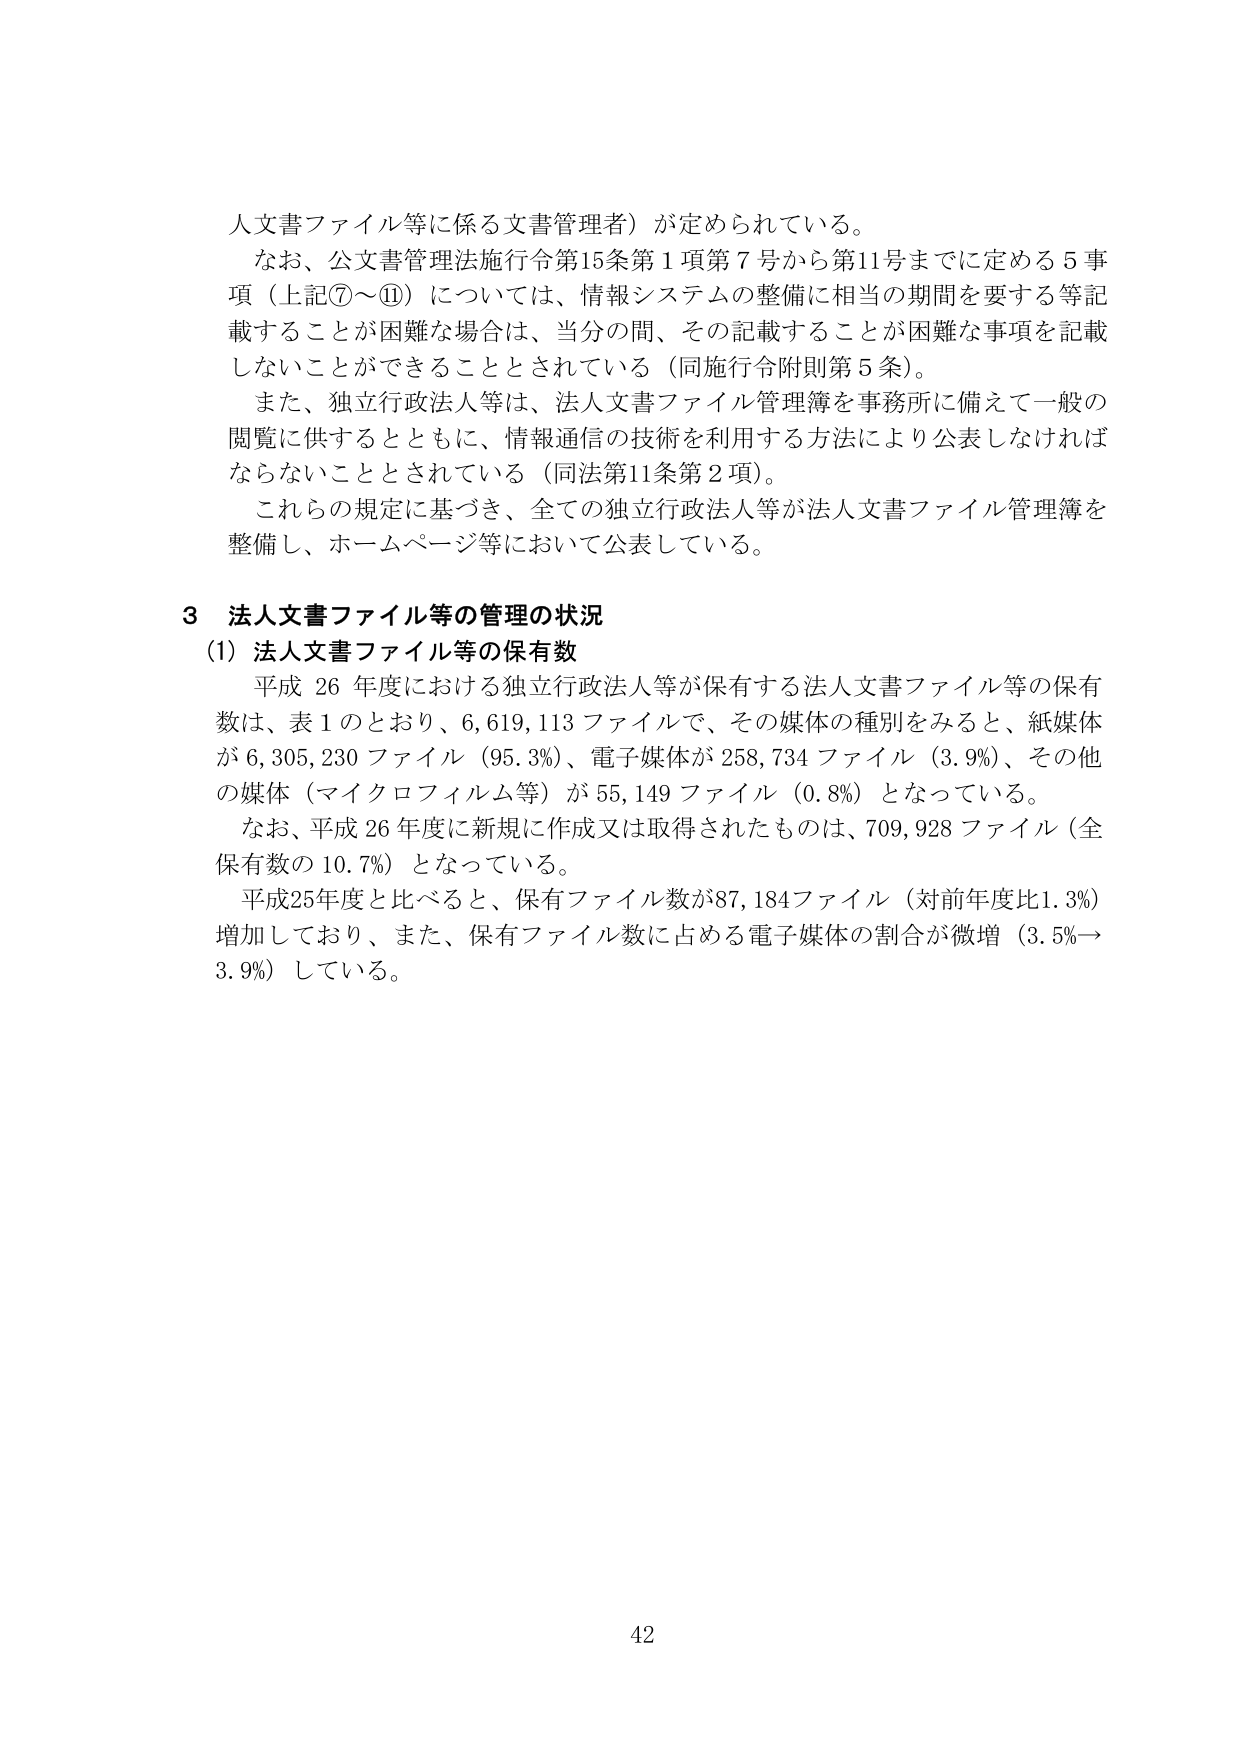
人文書ファイル等に係る文書管理者）が定められている。
なお、公文書管理法施行令第15条第1項第7号から第11号までに定める5事項（上記⑦～⑪）については、情報システムの整備に相当の期間を要する等記載することが困難な場合は、当分の間、その記載することが困難な事項を記載しないことができる thingとされている（同施行令附則第5条）。
また、独立行政法人等は、法人文書ファイル管理簿を事務所に備えて一般の閲覧に供するとともに、情報通信の技術を利用する方法により公表しなければならないこととされている（同法第11条第2項）。
これらの規定に基づき、全ての独立行政法人等が法人文書ファイル管理簿を整備し、ホームページ等において公表している。

3 法人文書ファイル等の管理の状況
(1) 法人文書ファイル等の保有数
平成26年度における独立行政法人等が保有する法人文書ファイル等の保有数は、表1のとおり、6,619,113ファイルで、その媒体の種別をみると、紙媒体が6,305,230ファイル（95.3%）、電子媒体が258,734ファイル（3.9%）、その他 の媒体（マイクロフィルム等）が55,149ファイル（0.8%）となっている。
なお、平成26年度に新規に作成又は取得されたものは、709,928ファイル（全保有数の10.7%）となっている。
平成25年度と比べると、保有ファイル数が87,184ファイル（対前年度比1.3%）増加しており、また、保有ファイル数に占める電子媒体の割合が微増（3.5%→3.9%）している。

42